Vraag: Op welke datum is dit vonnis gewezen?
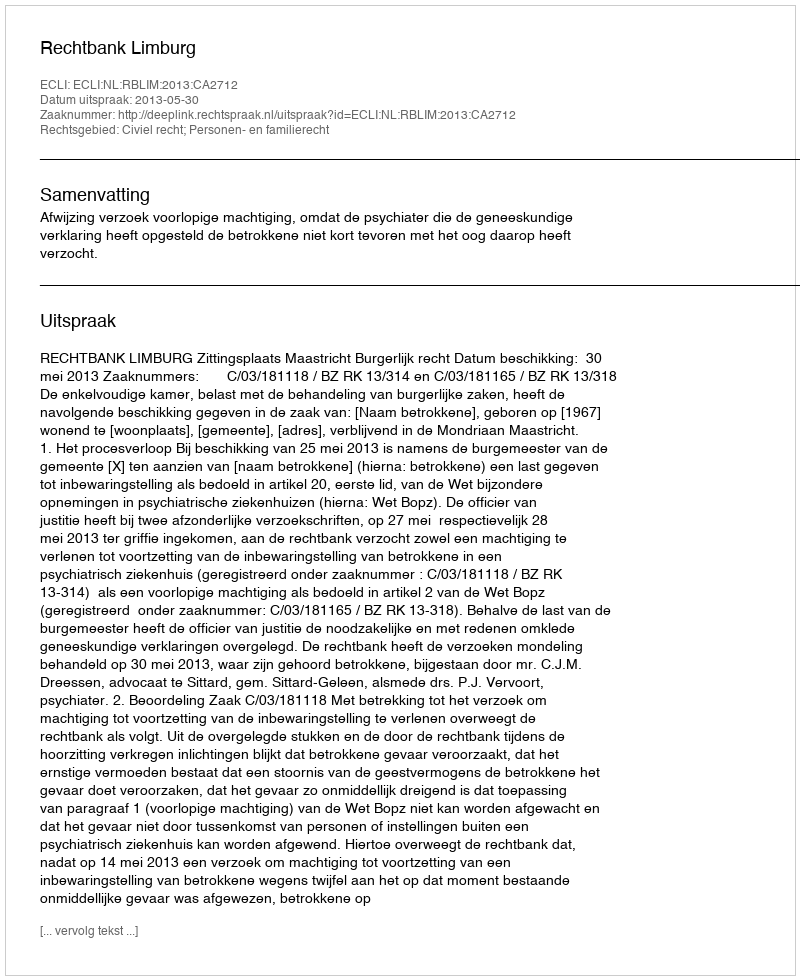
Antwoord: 2013-05-30